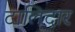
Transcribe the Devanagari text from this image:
टालिदार